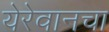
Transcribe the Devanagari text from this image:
येरेवानचा